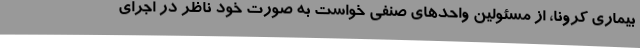
بیماری کرونا، از مسئولین واحدهای صنفی خواست به صورت خود ناظر در اجرای